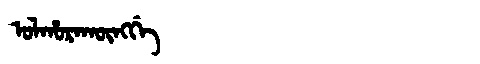
Manchu: ᠣᠯᡥᠣᡵᠠᡴᡡᠩᡤᡝ
Romanization: OLHORAKŪNGGE